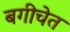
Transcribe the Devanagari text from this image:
बगीचेत